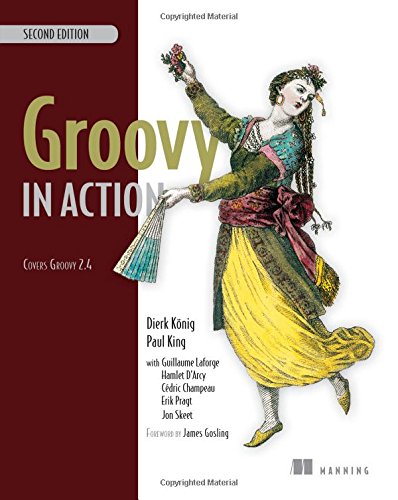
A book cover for Groovy in Action; Dierk KÃ¶nig; Computers & Technology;